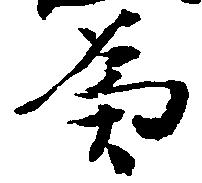
為